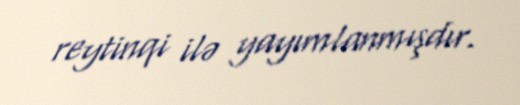
reytinqi ilə yayımlanmışdır.